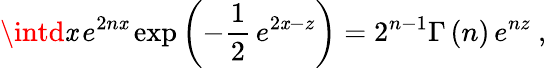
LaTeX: \intd\mathit{x}\, e^{2n\mathit{x}}\exp\left(-\frac{{1}}{{2}}\, e^{2\mathit{x}-z}\right)=2^{n-1}\Gamma\left(n\right)\, e^{nz}~,